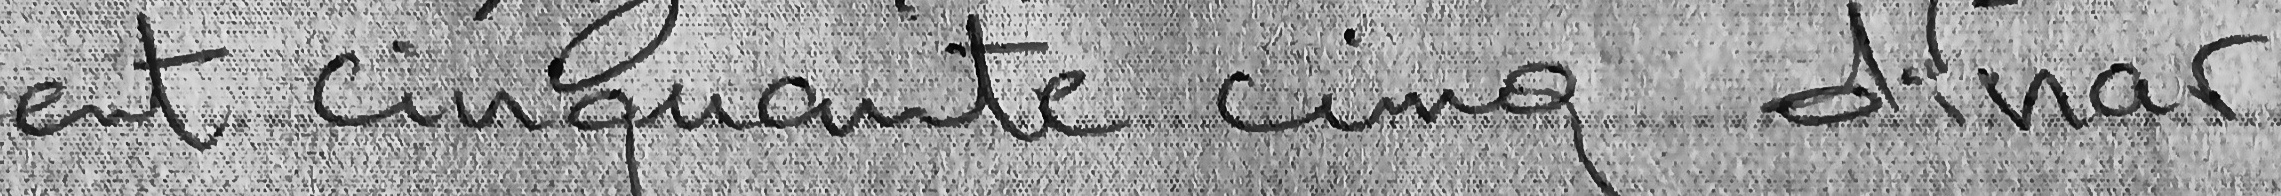
et cinquante cinq dinar